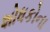
શોધકોના